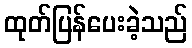
ထုတ်ပြန်ပေးခဲ့သည်